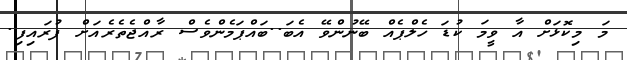
މަ މިކޮޅަށް އާ ވީމަ ކުޑަ ހެލްޕެއް ބޭނުންވޭ އެބަ..ބައްޕަމެންވެސް ރާއްޖެތެރެއަށް ފުރައިފި.